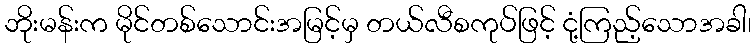
ဘိုးမန်းက မိုင်တစ်သောင်းအမြင့်မှ တယ်လီစကုပ်ဖြင့် ငုံ့ကြည့်သောအခါ၊